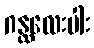
ဂန္ထလေးပါး